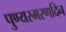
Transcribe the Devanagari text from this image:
पुण्यस्मरणदिन